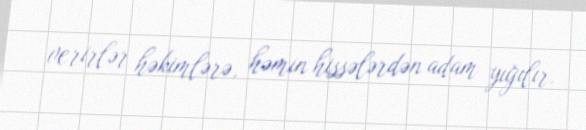
verirlər həkimlərə, həmin hissələrdən adam yığılır.